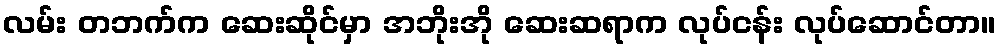
လမ်း တဘက်က ဆေးဆိုင်မှာ အဘိုးအို ဆေးဆရာက လုပ်ငန်း လုပ်ဆောင်တာ။